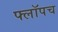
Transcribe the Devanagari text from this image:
फ्लॉपच